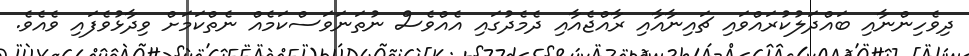
ދިވެހިންނާއި ބައްދަލުކުރައްވައި ޗައިނާއާއި ރާއްޖެއާއި ދެމެދުގައި އެއްވެސް ނުތަނަވަސްކަމެއް ނެތްކަމަށް ވިދާޅުވެފައި ވެއެވެ.